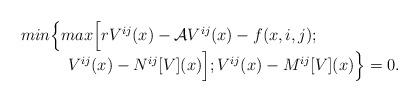
LaTeX: \begin{align*} \begin{array}{c}min\Big\{ max\Big[rV^{ij}(x)-\mathcal{A}V^{ij}(x)-f(x,i,j);\qquad\qquad\qquad\qquad\\ V^{ij}(x)-N^{ij}[V](x)\Big];V^{ij}(x)-M^{ij}[V](x)\Big\}=0.\end{array}\end{align*}